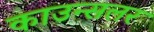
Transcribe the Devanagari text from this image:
काउन्सलर